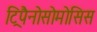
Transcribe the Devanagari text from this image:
ट्रिपैनोसोमोसिस